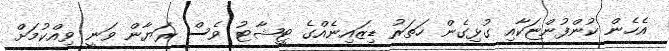
އެހެން ކުންފުންޏަކާއި ގުޅިގެން ހަތަރު ޑިޒައިނެއްގެ ޓީޝާޓު ވެސް ރަޔާން ވަނީ ވިއްކުމަށް